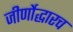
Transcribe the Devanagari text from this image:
जीर्णोद्धारच